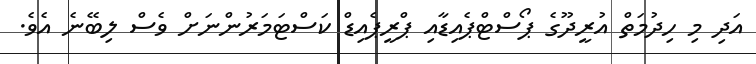
އަދި މި ހިދުމަތް އުރީދޫގެ ޕޯސްޓްޕެއިޑާއި ޕްރީޕެއިޑް ކަސްޓަމަރުންނަށް ވެސް ލިބޭނެ އެވެ.